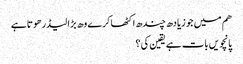
هم میں جو زیادھ چندھ اکٹھا کرے وھ بڑا لیڈر هوتا ہے
پانچویں بات ہے یقین کی ؟